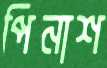
পিনাশ